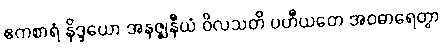
ဧကစာရံ နိဒ္ဒယော အနဇ္ဈနီယံ ဝိလသတိ ပဟီယတေ အဝဓာရေတွာ